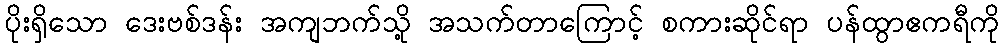
ပိုးရှိသော ဒေးဗစ်ဒန်း အကျဘက်သို့ အသက်တာကြောင့် စကားဆိုင်ရာ ပန်ထွာဧကရီကို